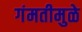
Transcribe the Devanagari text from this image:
गंमतीमुळे